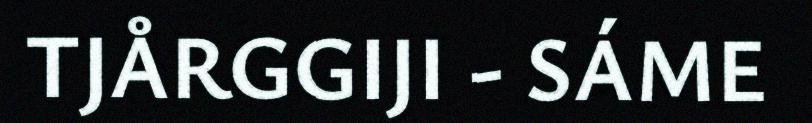
TJÅRGGIJI - SÁME